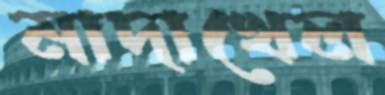
মাদাখেল